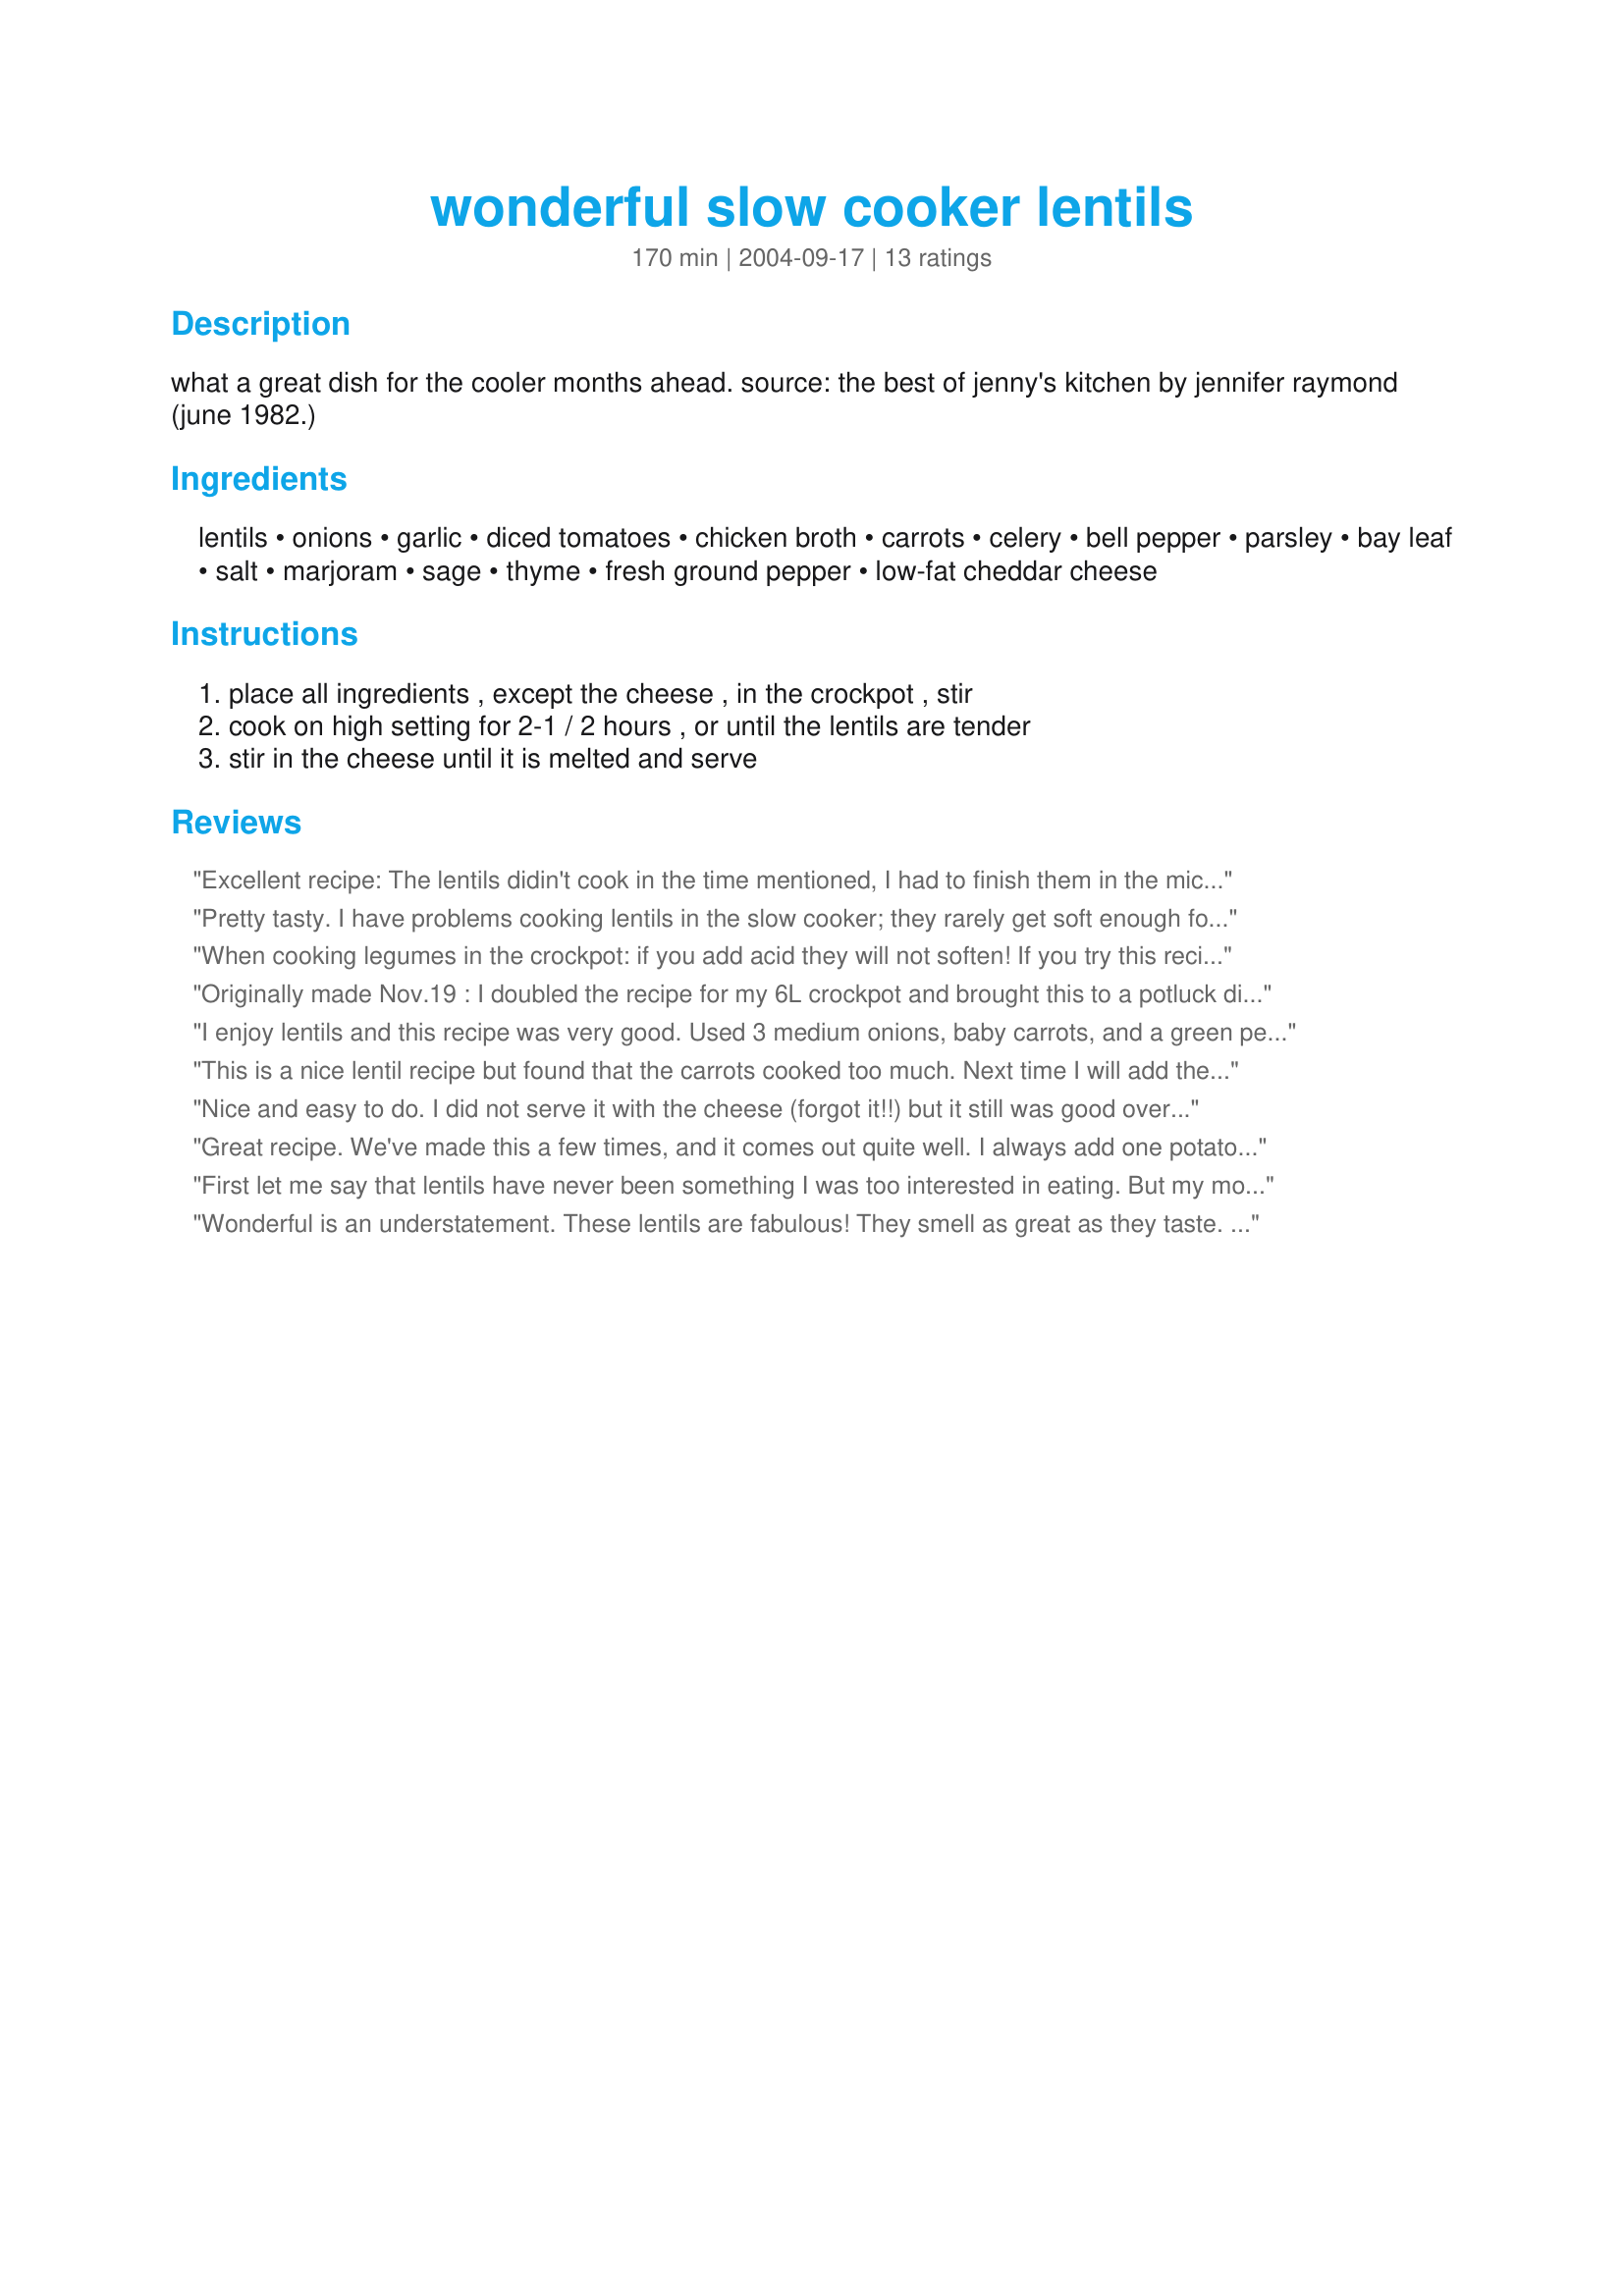
wonderful slow cooker lentils
Preparation time: 170 minutes

what a great dish for the cooler months ahead. source: the best of jenny's kitchen by jennifer raymond (june 1982.)

Ingredients:
lentils, onions, garlic, diced tomatoes, chicken broth, carrots, celery, bell pepper, parsley, bay leaf, salt, marjoram, sage, thyme, fresh ground pepper, low-fat cheddar cheese

Steps:
place all ingredients , except the cheese , in the crockpot , stir, cook on high setting for 2-1 / 2 hours , or until the lentils are tender, stir in the cheese until it is melted and serve

Reviews:
Excellent recipe: The lentils didin't cook in the time mentioned, I had to finish them in the microwave but it was worth it. My kids love it. I will do it again
Pretty tasty. I have problems cooking lentils in the slow cooker; they rarely get soft enough for my taste. After about 2 hours of cooking mine were still rock hard so I added some water. It cooked better, but then was really soupy when I added the cheese. Nice flavor, though. I think I would like more tomatoes next time. Thanks Paula!
When cooking legumes in the crockpot: if you add acid they will not soften!

If you try this recipe, don't add the tomatoes until the end, otherwise you will arrive home at the end of the day to an inedible dinner. Which I can tell you from personal experience is NO FUN.
Originally made Nov.19 : I doubled the recipe for my 6L crockpot and brought this to a potluck dinner. 3L got eaten up and I had 3L left to freeze. Itz a good comfort food!
Dec.5 : Thawed for dinner. Came out more like a soup, which was still good. I added grilled (cubed)chicken and parmesan cheese! yummy!
I enjoy lentils and this recipe was very good. Used 3 medium onions, baby carrots, and a green pepper. Did have a bit of trouble with the cooking time but I have a 6 quart crock pot so I think that was the problem. The liquid cooked out a lot sooner than the lentils softened so I added more chicken broth and turned the crock pot down to low. Kept an eye on the lentils and stirred occasionally. Topped with mild cheddar cheese and served with Paula's Recipe #201700. Made and reviewed for ZWT 4.
This is a nice lentil recipe but found that the carrots cooked too much. Next time I will add the carrots near the end so that they will be alittle crunchy and not soft.
Nice and easy to do. I did not serve it with the cheese (forgot it!!) but it still was good over rice. My crockpot just doesn't seem to have the umph it used to and I had to finish up cooking these in the microwave. Oh well it turned out quite fine anyway.
Great recipe. We've made this a few times, and it comes out quite well. I always add one potato to give it some extra texture, and that seems to work well.
First let me say that lentils have never been something I was too interested in eating. But my mom has been trying to be more vegetarian and I decided to try this. Surprisingly, I really like this a lot. And of course I like that I can throw everything in a crock pot and not worry about it. Thank you!
Wonderful is an understatement. These lentils are fabulous! They smell as great as they taste. I took the very helpful advice of a previous reviewer and I did not add the tomatoes until the end of cooking time (when I added the cheese). My lentils came out perfectly soft after the 2 1/2 hours. For those who cann ot have dairy (cheese), these lentils are just as great with or without the cheese. I tasted them both ways. :) I'll make this again. Thanx for sharing!
These tasted wonderful but they took about 4 1/2 to 5 hours in my Crock Pot. I will make them again just need to allow more cook time and I may try waiting 2 to 3 hours to add the tomatoes as the other reviewer suggested. The flavor combo was great and I used a low fat cheese blend. Thanks for sharing this one.
Great taste but slow is the operative word here ! I am just a novice using my slow cooker but mine needed up to 2 hours longer than stated in the recipe - maybe my high setting isn't high enough. Good result but just not in time for dinner. Certainly good for my learning curve !!
This has become a staple at our house, with kids and grownups alike. These lentils are fabulous--easy, flavorful, healthy, cheap--I can't praise them enough! The only change I make is to add 2 cups of tomato juice. Otherwise, I find that they tend to scorch. I've never had a problem with the lentils being tough. Serve them with short grain brown rice--yumm!
